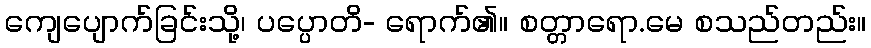
ကျေပျောက်ခြင်းသို့၊ ပပ္ပောတိ- ရောက်၏။ စတ္တာရော.မေ စသည်တည်း။